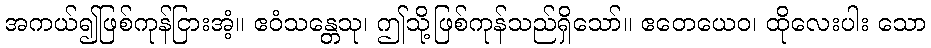
အကယ်၍ဖြစ်ကုန်ငြားအံ့။ ဧဝံသန္တေသု၊ ဤသို့ဖြစ်ကုန်သည်ရှိသော်။ ဧတေယေဝ၊ ထိုလေးပါး သော